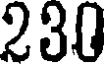
230